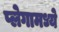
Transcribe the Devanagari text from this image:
प्लेगामध्ये